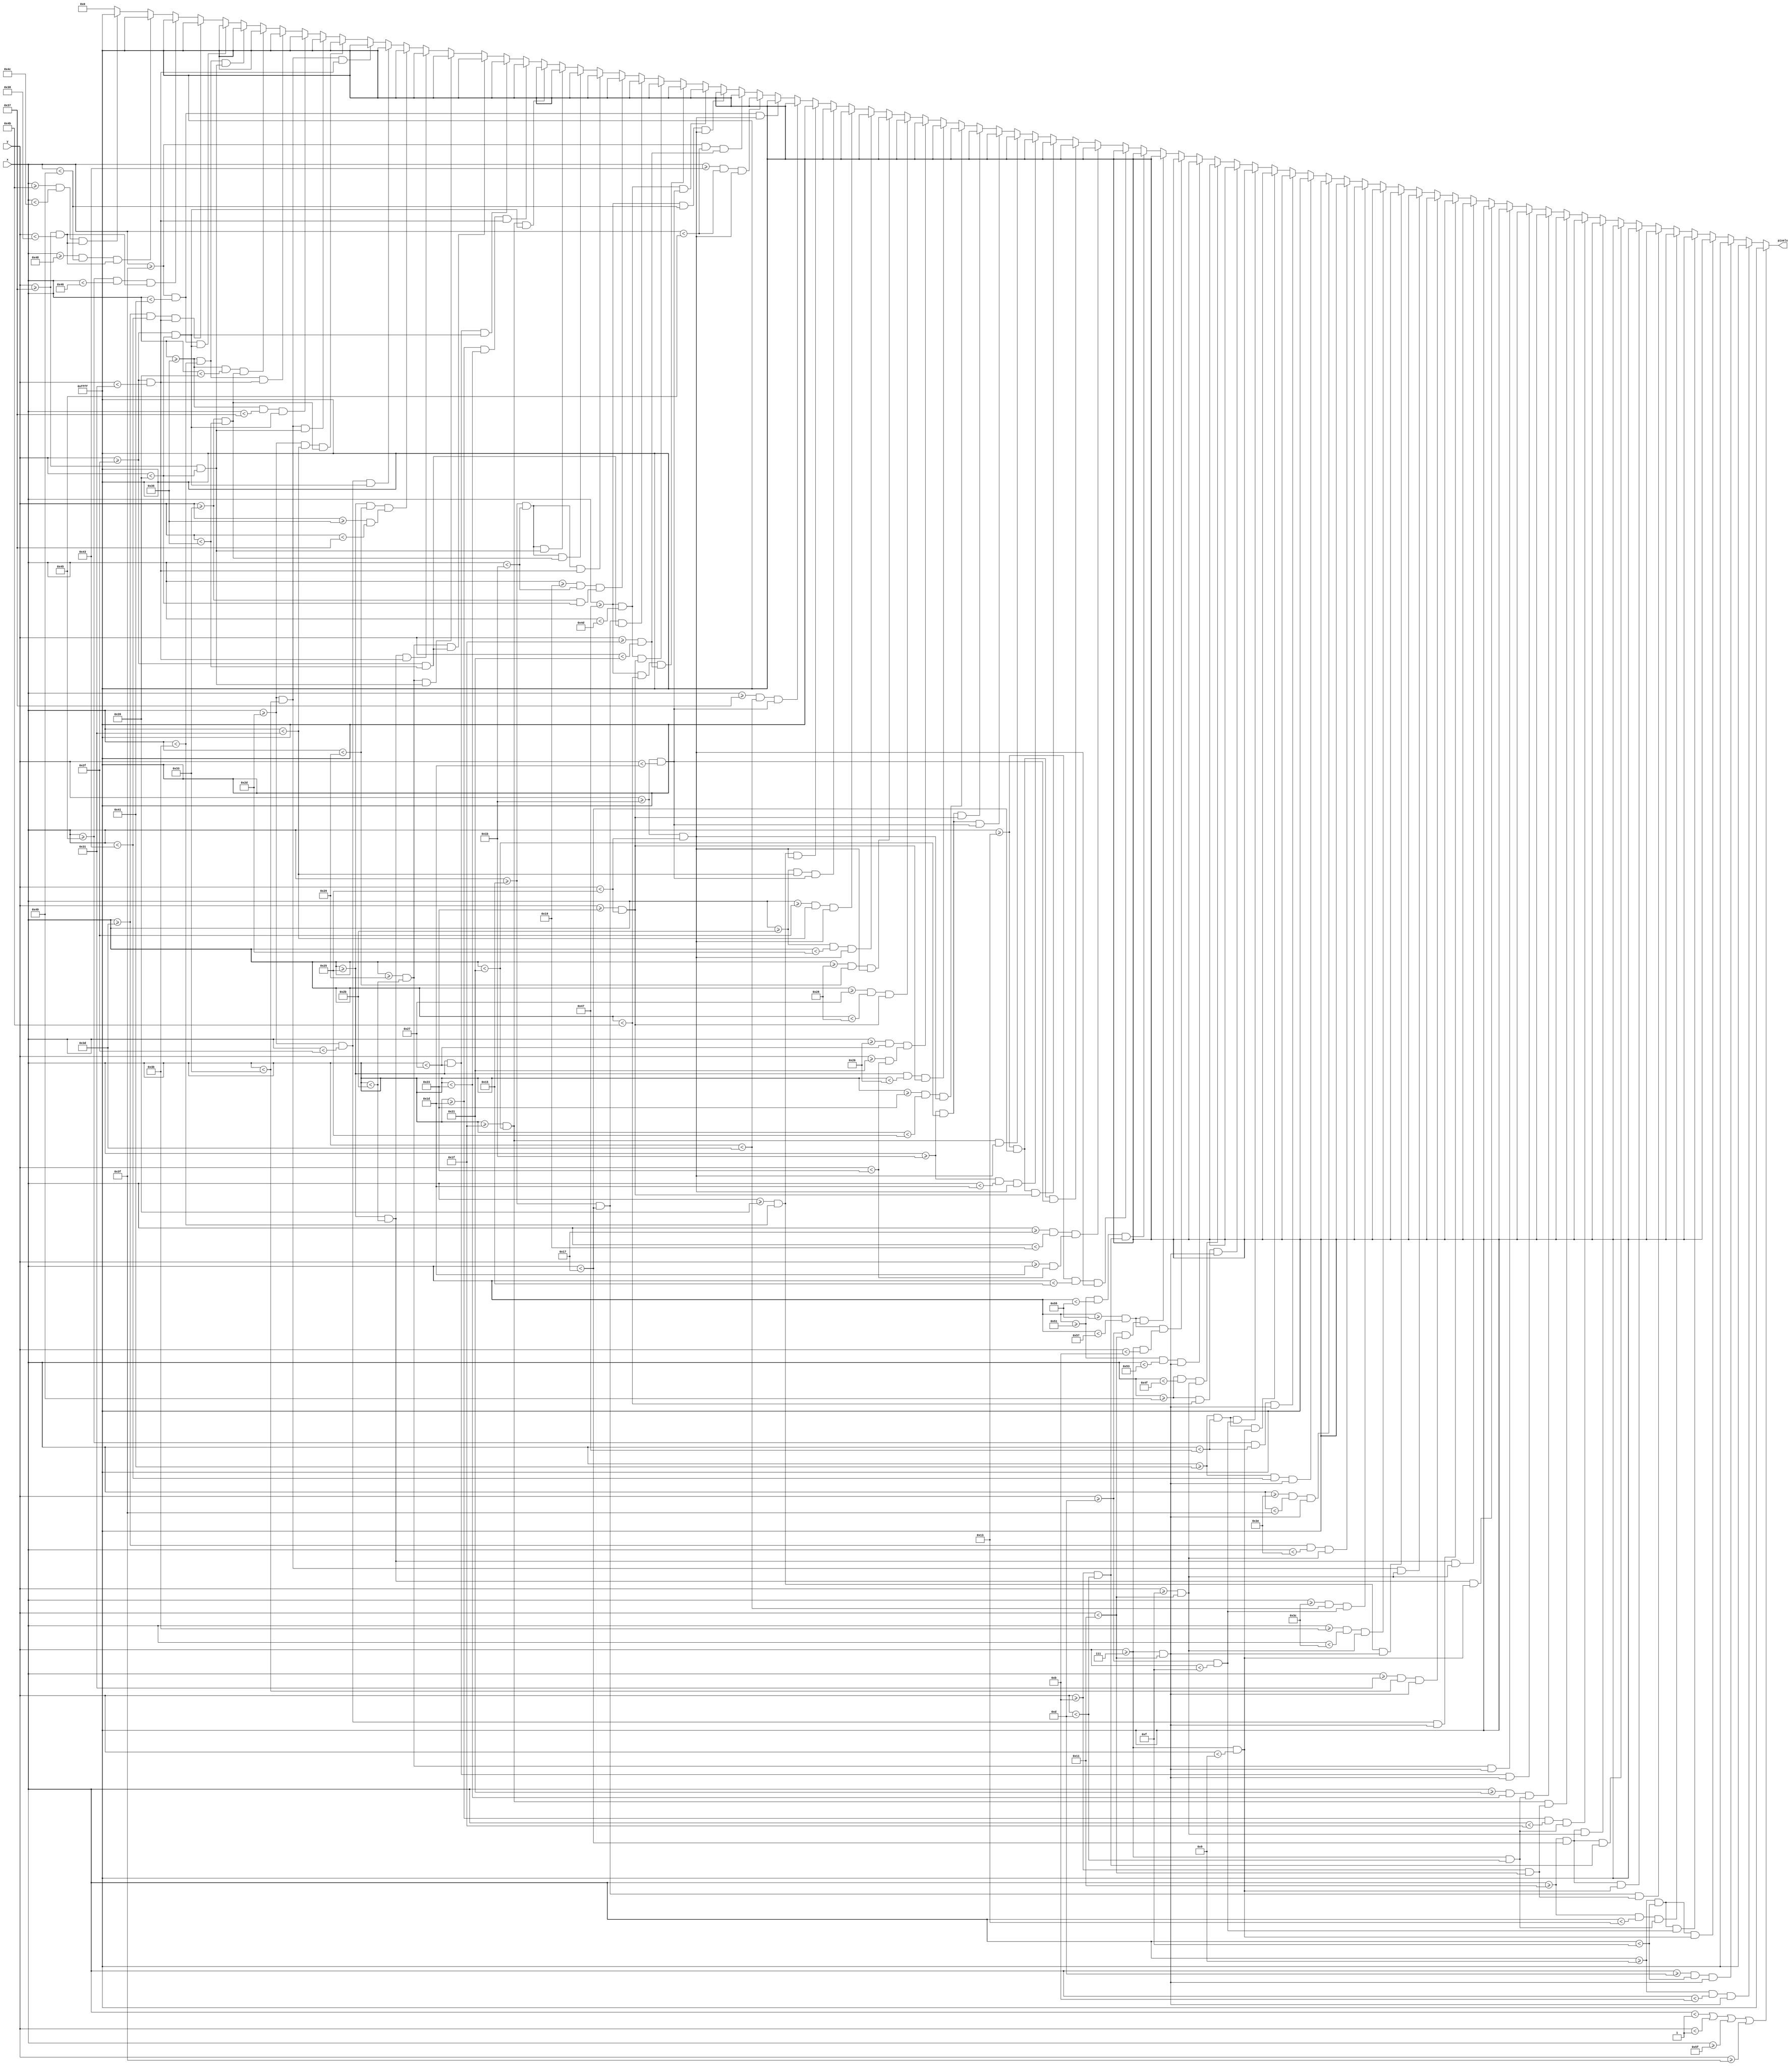
`timescale 1ns / 1ps
//////////////////////////////////////////////////////////////////////////////////
// Company: 
// Engineer: 
// 
// Design Name: 
// Module Name: intro8
// Project Name: 
// Target Devices: 
// Tool Versions: 
// Description: 
// 
// Dependencies: 
// 
// Revision:
// Revision 0.01 - File Created
// Additional Comments:
// 
//////////////////////////////////////////////////////////////////////////////////


module intro8(
    input [6:0] x,
    input [5:0] y,
    output reg [15:0] pixels
    );
    
    always @ (*) begin
             if (x < 1 || y < 1 || x >= 95 || y >= 63)                pixels = 16'hFFFF;
        else if ((x >= 9 && x < 9+2)   && (y >= 6+1 && y < 6+1+10))       pixels = 16'hFFFF;
        else if ((x >= 9+4 && x < 9+6) && (y >= 6+1 && y < 6+1+10))       pixels = 16'hFFFF;
        else if ((x >= 9 && x < 9+6)   && (y >= 6+1 && y < 6+1+2))        pixels = 16'hFFFF;
        else if ((x >= 9 && x < 9+6)   && (y >= 6+1+6 && y < 6+1+8))      pixels = 16'hFFFF;
        else if ((x >= 17 && x < 17+2)   && (y >= 6+1 && y < 6+1+6))      pixels = 16'hFFFF;
        else if ((x >= 17+4 && x < 17+6) && (y >= 6+1+4 && y < 6+1+10))   pixels = 16'hFFFF;
        else if ((x >= 17 && x < 17+6)   && (y >= 6+1 && y < 6+1+2))      pixels = 16'hFFFF;
        else if ((x >= 17 && x < 17+6)   && (y >= 6+1+4 && y < 6+1+6))    pixels = 16'hFFFF;
        else if ((x >= 17 && x < 17+6)   && (y >= 6+1+8 && y < 6+1+10))   pixels = 16'hFFFF;
        else if ((x >= 29   && x < 29+2) && (y >= 6+1   && y < 6+1+6))    pixels = 16'hFFFF;
        else if ((x >= 29+2 && x < 29+4) && (y >= 6+1+4 && y < 6+1+10))   pixels = 16'hFFFF;
        else if ((x >= 29+4 && x < 29+6) && (y >= 6+1   && y < 6+1+6))    pixels = 16'hFFFF;
        else if ((x >= 37 && x < 37+2)   && (y >= 6+1 && y < 6+1+10))     pixels = 16'hFFFF;
        else if ((x >= 37+4 && x < 37+6) && (y >= 6+1 && y < 6+1+10))     pixels = 16'hFFFF;
        else if ((x >= 37 && x < 37+6)   && (y >= 6+1 && y < 6+1+2))      pixels = 16'hFFFF;
        else if ((x >= 37 && x < 37+6)   && (y >= 6+1+8 && y < 6+1+10))   pixels = 16'hFFFF;
        else if ((x >= 45 && x < 45+2)   && (y >= 6+1 && y < 6+1+10))     pixels = 16'hFFFF;
        else if ((x >= 45+4 && x < 45+6) && (y >= 6+1 && y < 6+1+10))     pixels = 16'hFFFF;
        else if ((x >= 45 && x < 45+6)   && (y >= 6+1+8 && y < 6+1+10))   pixels = 16'hFFFF;
        else if ((x >= 57 && x < 57+2)   && (y >= 6+1 && y < 6+1+10))     pixels = 16'hFFFF;
        else if ((x >= 57+2 && x < 57+3) && (y >= 6+1+8 && y < 6+1+10))   pixels = 16'hFFFF;
        else if ((x >= 57+3 && x < 57+4) && (y >= 6+1+6 && y < 6+1+8))    pixels = 16'hFFFF;
        else if ((x >= 57+4 && x < 57+5) && (y >= 6+1+8 && y < 6+1+10))   pixels = 16'hFFFF;
        else if ((x >= 57+5 && x < 57+6) && (y >= 6+1 && y < 6+1+10))     pixels = 16'hFFFF;
        else if ((x >= 65 && x < 65+2)   && (y >= 6+1 && y < 6+1+10))     pixels = 16'hFFFF;
        else if ((x >= 65+4 && x < 65+6) && (y >= 6+1 && y < 6+1+10))     pixels = 16'hFFFF;
        else if ((x >= 65 && x < 65+6)   && (y >= 6+1 && y < 6+1+2))      pixels = 16'hFFFF;
        else if ((x >= 65 && x < 65+6)   && (y >= 6+1+6 && y < 6+1+8))    pixels = 16'hFFFF;
        else if ((x >= 73 && x < 73+2)   && (y >= 6+1 && y < 6+1+10))     pixels = 16'hFFFF;
        else if ((x >= 73 && x < 73+6)   && (y >= 6+1+8 && y < 6+1+10))   pixels = 16'hFFFF;
        else if ((x >= 81   && x < 81+2) && (y >= 6+1   && y < 6+1+10))   pixels = 16'hFFFF;
        else if ((x >= 81+4 && x < 81+6) && (y >= 6+1   && y < 6+1+4))    pixels = 16'hFFFF;
        else if ((x >= 81+4 && x < 81+6) && (y >= 6+1+6 && y < 6+1+10))   pixels = 16'hFFFF;
        else if ((x >= 81 && x < 81+4) && (y >= 6+1+4 && y < 6+1+6))      pixels = 16'hFFFF;
        else if ((x >= 19 && x < 19+2)   && (y >= 26+1 && y < 26+1+10))   pixels = 16'hFFFF;
        else if ((x >= 19+4 && x < 19+6) && (y >= 26+1+2 && y < 26+1+8))  pixels = 16'hFFFF;
        else if ((x >= 19 && x < 19+4)   && (y >= 26+1 && y < 26+1+2))    pixels = 16'hFFFF;
        else if ((x >= 19 && x < 19+4)   && (y >= 26+1+8 && y < 26+1+10)) pixels = 16'hFFFF;
        else if ((x >= 27 && x < 27+2)   && (y >= 26+1 && y < 26+1+10))   pixels = 16'hFFFF;
        else if ((x >= 27+4 && x < 27+6) && (y >= 26+1 && y < 26+1+10))   pixels = 16'hFFFF;
        else if ((x >= 27 && x < 27+6)   && (y >= 26+1 && y < 26+1+2))    pixels = 16'hFFFF;
        else if ((x >= 27 && x < 27+6)   && (y >= 26+1+8 && y < 26+1+10)) pixels = 16'hFFFF;
        else if ((x >= 35 && x < 35+2)   && (y >= 26+1 && y < 26+1+10))   pixels = 16'hFFFF;
        else if ((x >= 35+2 && x < 35+3) && (y >= 26+1+8 && y < 26+1+10)) pixels = 16'hFFFF;
        else if ((x >= 35+3 && x < 35+4) && (y >= 26+1+6 && y < 26+1+8))  pixels = 16'hFFFF;
        else if ((x >= 35+4 && x < 35+5) && (y >= 26+1+8 && y < 26+1+10)) pixels = 16'hFFFF;
        else if ((x >= 35+5 && x < 35+6) && (y >= 26+1 && y < 26+1+10))   pixels = 16'hFFFF;
        else if ((x >= 43 && x < 43+2)   && (y >= 26+1 && y < 26+1+10))   pixels = 16'hFFFF;
        else if ((x >= 43+4 && x < 43+6) && (y >= 26+1 && y < 26+1+10))   pixels = 16'hFFFF;
        else if ((x >= 43 && x < 43+6)   && (y >= 26+1 && y < 26+1+2))    pixels = 16'hFFFF;
        else if ((x >= 55+2 && x < 55+4) && (y >= 26+1 && y < 26+1+10))   pixels = 16'hFFFF;
        else if ((x >= 55 && x < 55+6)   && (y >= 26+1 && y < 26+1+2))    pixels = 16'hFFFF;
        else if ((x >= 63 && x < 63+2)   && (y >= 26+1 && y < 26+1+10))   pixels = 16'hFFFF;
        else if ((x >= 63+4 && x < 63+6) && (y >= 26+1 && y < 26+1+10))   pixels = 16'hFFFF;
        else if ((x >= 63 && x < 63+6)   && (y >= 26+1+4 && y < 26+1+6))  pixels = 16'hFFFF;
        else if ((x >= 71 && x < 71+2)   && (y >= 26+1 && y < 26+1+10))   pixels = 16'hFFFF;
        else if ((x >= 71 && x < 71+6)   && (y >= 26+1 && y < 26+1+2))    pixels = 16'hFFFF;
        else if ((x >= 71 && x < 71+4)   && (y >= 26+1+4 && y < 26+1+6))  pixels = 16'hFFFF;
        else if ((x >= 71 && x < 71+6)   && (y >= 26+1+8 && y < 26+1+10)) pixels = 16'hFFFF;
        else if ((x >= 21 && x < 21+2)   && (y >= 46+1 && y < 46+1+6))    pixels = 16'hFFFF;
        else if ((x >= 21+4 && x < 21+6) && (y >= 46+1+4 && y < 46+1+10)) pixels = 16'hFFFF;
        else if ((x >= 21 && x < 21+6)   && (y >= 46+1 && y < 46+1+2))    pixels = 16'hFFFF;
        else if ((x >= 21 && x < 21+6)   && (y >= 46+1+4 && y < 46+1+6))  pixels = 16'hFFFF;
        else if ((x >= 21 && x < 21+6)   && (y >= 46+1+8 && y < 46+1+10)) pixels = 16'hFFFF;
        else if ((x >= 29+2 && x < 29+4) && (y >= 46+1 && y < 46+1+10))   pixels = 16'hFFFF;
        else if ((x >= 29 && x < 29+6)   && (y >= 46+1 && y < 46+1+2))    pixels = 16'hFFFF;
        else if ((x >= 37 && x < 37+2)   && (y >= 46+1 && y < 46+1+10))   pixels = 16'hFFFF;
        else if ((x >= 37+4 && x < 37+6) && (y >= 46+1 && y < 46+1+6))    pixels = 16'hFFFF;
        else if ((x >= 37+4 && x < 37+6) && (y >= 46+1+8 && y < 46+1+10)) pixels = 16'hFFFF;
        else if ((x >= 37 && x < 37+6)   && (y >= 46+1 && y < 46+1+2))    pixels = 16'hFFFF;
        else if ((x >= 37 && x < 37+4)   && (y >= 46+1+6 && y < 46+1+8))  pixels = 16'hFFFF;
        else if ((x >= 45 && x < 45+2)   && (y >= 46+1 && y < 46+1+10))   pixels = 16'hFFFF;
        else if ((x >= 45 && x < 45+6)   && (y >= 46+1 && y < 46+1+2))    pixels = 16'hFFFF;
        else if ((x >= 45 && x < 45+4)   && (y >= 46+1+4 && y < 46+1+6))  pixels = 16'hFFFF;
        else if ((x >= 45 && x < 45+6)   && (y >= 46+1+8 && y < 46+1+10)) pixels = 16'hFFFF;
        else if ((x >= 53 && x < 53+2)   && (y >= 46+1 && y < 46+1+10))   pixels = 16'hFFFF;
        else if ((x >= 53 && x < 53+6)   && (y >= 46+1 && y < 46+1+2))    pixels = 16'hFFFF;
        else if ((x >= 53 && x < 53+4)   && (y >= 46+1+4 && y < 46+1+6))  pixels = 16'hFFFF;
        else if ((x >= 53 && x < 53+6)   && (y >= 46+1+8 && y < 46+1+10)) pixels = 16'hFFFF;
        else if ((x >= 61+2 && x < 61+4) && (y >= 46+1 && y < 46+1+10))   pixels = 16'hFFFF;
        else if ((x >= 61 && x < 61+6)   && (y >= 46+1 && y < 46+1+2))    pixels = 16'hFFFF;
        else if ((x >= 69   && x < 69+1) && (y >= 54+1   && y < 54+1+1))  pixels = 16'hFFFF;
        else if ((x >= 72   && x < 72+1) && (y >= 54+1   && y < 54+1+1))  pixels = 16'hFFFF;
        else if ((x >= 75   && x < 75+1) && (y >= 54+1   && y < 54+1+1))  pixels = 16'hFFFF;
        else pixels = 16'h0000;
    end

endmodule